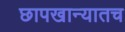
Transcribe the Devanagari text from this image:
छापखान्यातच